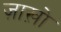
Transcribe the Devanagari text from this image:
ज़ाख़ो